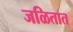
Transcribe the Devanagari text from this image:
जळितात